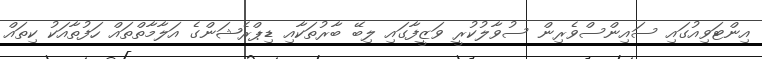
އިންޓަވިއުގައި ސައިންސްވެރިން ސުވާލުކުރީ ވަޒީފާގައި ލިބޭ ބާރުތަކާއި ޑިޕްރެޝަންގެ އަލާމާތްތައް ހަފުތާއަކު ކިތައް